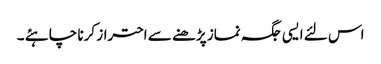
اس لئے ایسی جگہ نماز پڑھنے سے احتراز کرنا چاہئے ۔